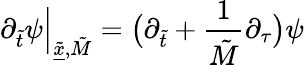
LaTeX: \partial_{\tilde{t}}\psi\Big|_{\underline{{\tilde{x}}},\tilde{M}}=\big(\partial_{\tilde{t}}+\frac{1}{\tilde{M}}\partial_{\tau}\big)\psi